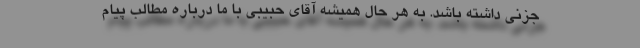
جزنی داشته باشد. به هر حال همیشه آقای حبیبی با ما درباره مطالب پیام